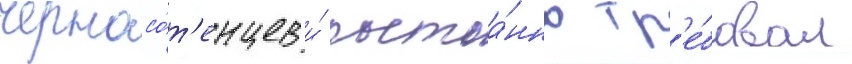
черносо́т'енцев и́ постоа́нно тр'е́бовал